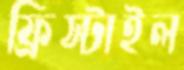
ফ্রিস্টাইল